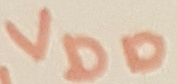
Text: VDD